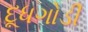
દૂધગોડી